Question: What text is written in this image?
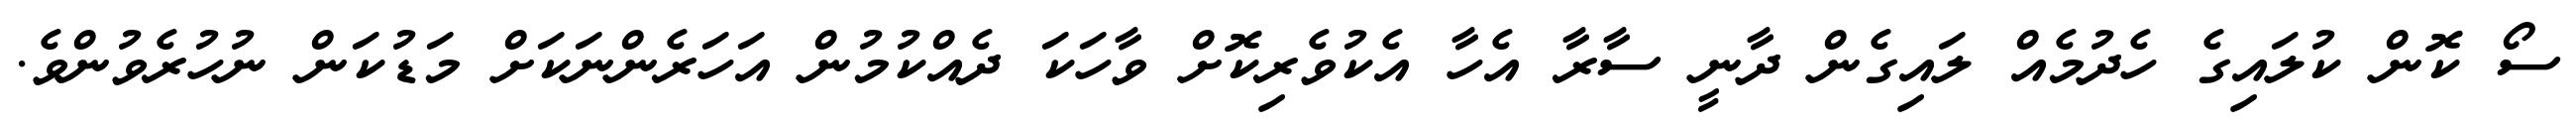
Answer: ސޯ ކޮން ކުލައިގެ ހެދުމެއް ލައިގެން ދާނީ ސާރާ އެހާ އެކުވެރިކޮށް ވާހަކަ ދެއްކުމުން އަހަރެންނަކަށް މަޑުކަން ނުހުރެވުންވެ.